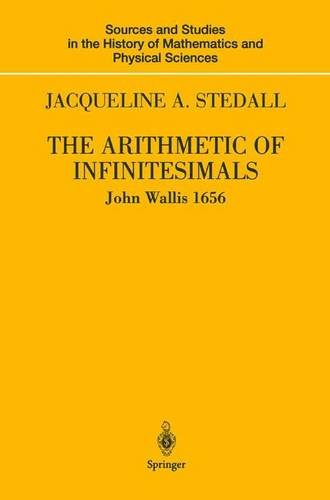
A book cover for The Arithmetic of Infinitesimals (Sources and Studies in the History of Mathematics and Physical Sciences); John Wallis; Science & Math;